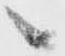
へ